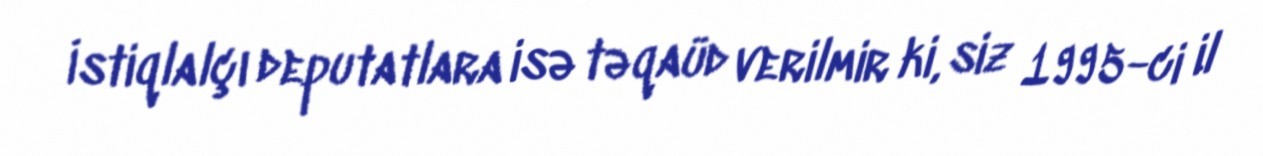
İstiqlalçı deputatlara isə təqaüd verilmir ki, siz 1995-ci il